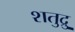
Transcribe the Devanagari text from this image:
शतुद्रु